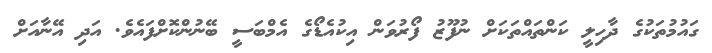
ގައުމުތަކުގެ ދާހިލީ ކަންތައްތަކަށް ނުފޫޒު ފޯރުވަން އިކުއެޑޯގެ އެމްބަސީ ބޭނުންކޮށްފައެވެ. އަދި އޭނާއަށް